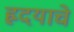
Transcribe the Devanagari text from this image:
ह्रदयाचे